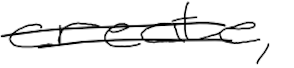
Text: create,
Cross-out: double-line
Writing tool: digital_black